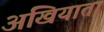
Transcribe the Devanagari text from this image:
अखियातां